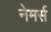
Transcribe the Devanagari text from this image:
नेमर्स